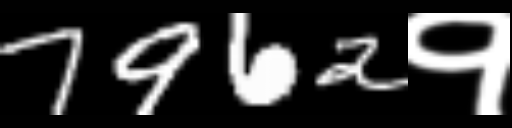
Text: 7962१